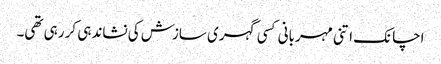
اچانک اتنی مہربانی کسی گہری سازش کی نشاندہی کر رہی تھی۔